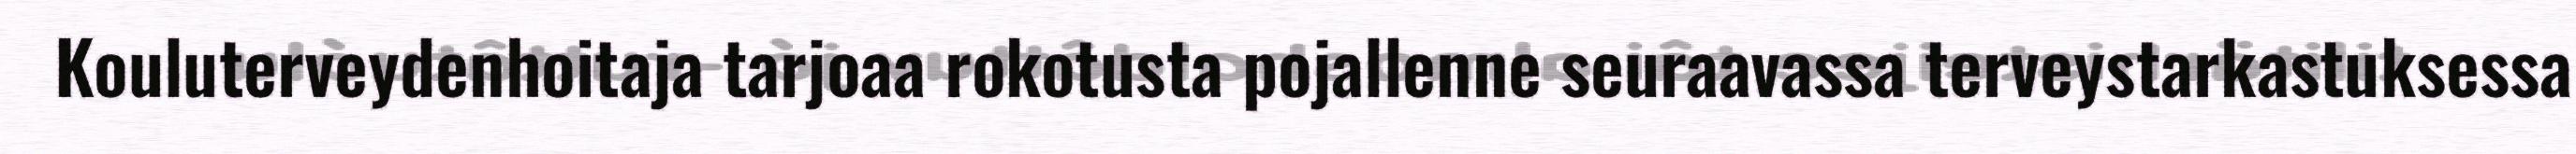
Kouluterveydenhoitaja tarjoaa rokotusta pojallenne seuraavassa terveystarkastuksessa